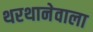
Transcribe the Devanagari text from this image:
थरथानेवाला